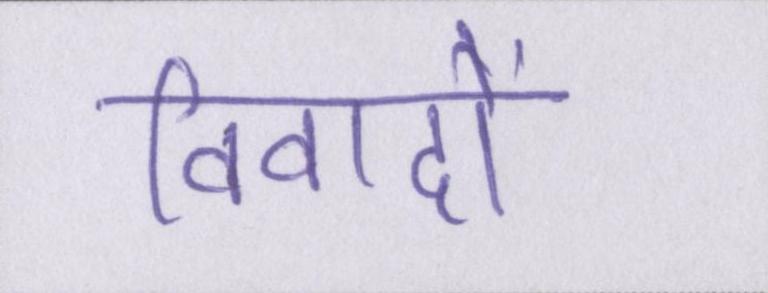
विवादों